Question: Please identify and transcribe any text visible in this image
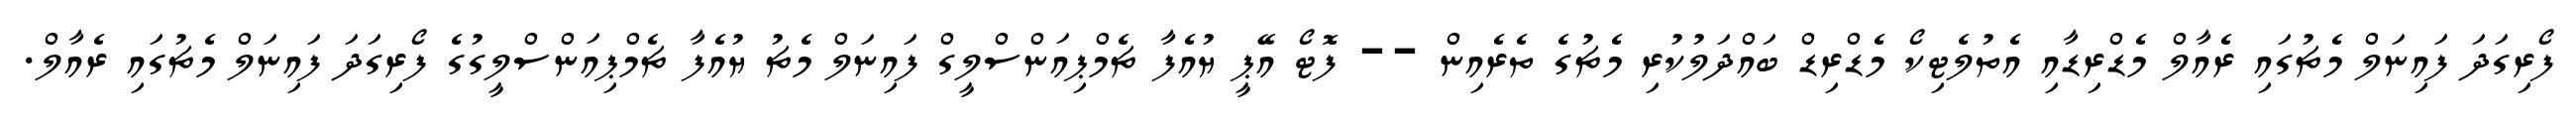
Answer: ފޯރިގަދަ ފައިނަލް މެޗުގައި ރެއާލް މެޑްރިޑާއި އެތުލެޓިކޯ މެޑްރިޑް ބައްދަލުކުރި މެޗުގެ ތެރެއިން -- ފޮޓޯ އޭޕީ ޔުއެފާ ޗެމްޕިއަންސްލީގް ފައިނަލް މެޗު ޔުއެފާ ޗެމްޕިއަންސްލީގުގެ ފޯރިގަދަ ފައިނަލް މެޗުގައި ރެއާލް.